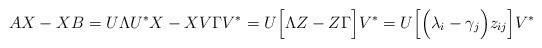
LaTeX: \begin{align*}AX-XB=U\Lambda U^*X-XV\Gamma V^*=U\Big{[}\Lambda Z-Z\Gamma\Big{]}V^*=U\Big{[}\Big{(}\lambda_i -\gamma_j\Big{)}z_{ij}\Big{]}V^* \end{align*}